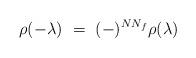
LaTeX: \begin{align*}\rho(-\lambda) ~=~ (-)^{N N_f} \rho(\lambda)\end{align*}